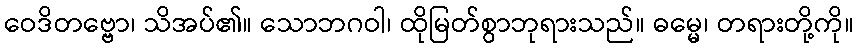
ဝေဒိတဗ္ဗော၊ သိအပ်၏။ သောဘဂဝါ၊ ထိုမြတ်စွာဘုရားသည်။ ဓမ္မေ၊ တရားတို့ကို။